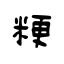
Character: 粳